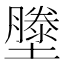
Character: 𭐂